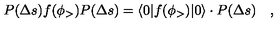
P ( \Delta s ) f ( \phi _ { > } ) P ( \Delta s ) = \langle 0 | f ( \phi _ { > } ) | 0 \rangle \cdot P ( \Delta s ) \quad ,